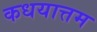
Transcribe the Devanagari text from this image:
कधयात्तम